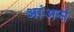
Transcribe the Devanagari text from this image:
आंअसं